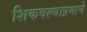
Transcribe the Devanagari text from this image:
शिकवल्याप्रमाणे